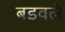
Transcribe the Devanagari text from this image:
बडवले